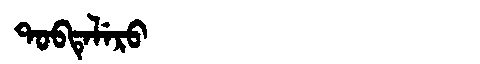
Manchu: ᡨᠣᠪᡨᡝᠯᡝᡵᠣ
Romanization: TOBTELERO